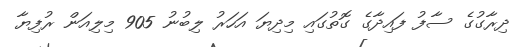
ދިރާގުގެ ސާފު ފައިދާގެ ގޮތުގައި މިދިޔަ އަހަރު ލިބުނު 905 މިލިއަން ރުފިޔާ